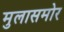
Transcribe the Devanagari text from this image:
मुलासमोर